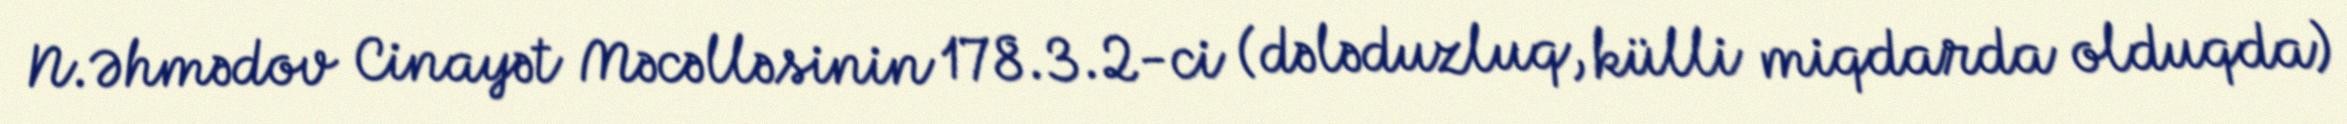
N.Əhmədov Cinayət Məcəlləsinin 178.3.2-ci (dələduzluq, külli miqdarda olduqda)